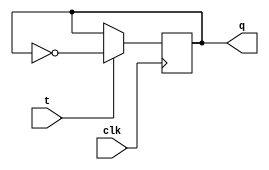
module t_flip_flop (
    input wire clk,
    input wire t,
    output reg q
);

always @(posedge clk) begin
    if (t) begin
        q <= ~q;
    end
end

endmodule